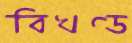
বিখণ্ড